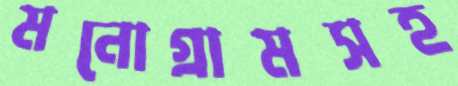
মনোগ্রামসহ